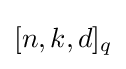
[n,k,d]_{q}